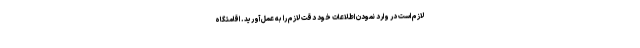
لازم است در وارد نمودن اطلاعات خود دقت لازم را به عمل آورید. اقامتگاه